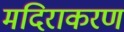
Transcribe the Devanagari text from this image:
मदिराकरण